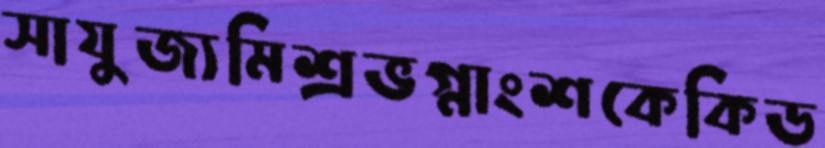
সাযুজ্যমিশ্রভগ্নাংশকেকিড